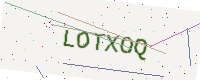
Text: LOTXOQ